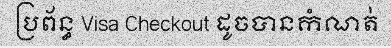
ប្រព័ន្ធ Visa Checkout ដូចបានកំណត់